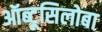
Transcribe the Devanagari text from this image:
ऑब्टूसिलोबा